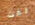
لفت